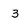
Character: 3